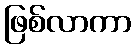
ဖြစ်လာကာ